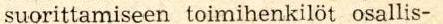
suorittamiseen toimihenkilöt osallis-